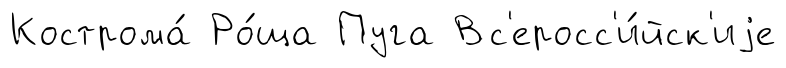
Кострома́ Ро́ща Пуга Вс'еросс'и́йск'иjе